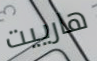
هارييت